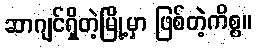
ဆာဂျင်ရှိတဲ့မြို့မှာ ဖြစ်တဲ့ကိစ္စ။